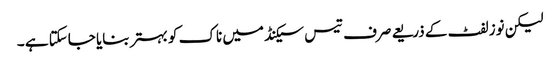
لیکن نوز لفٹ کے ذریعے صرف تیس سیکنڈ میں ناک کو بہتر بنایا جاسکتا ہے ۔